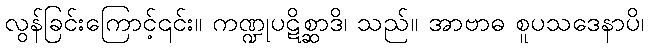
လွန်ခြင်းကြောင့်၎င်း။ ကဏ္ဍုပဋိစ္ဆာဒိ၊ သည်။ အာဗာဓ စူပသဒေနာပိ၊